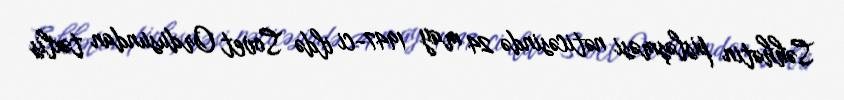
Səhhətin pisləşməsi nəticəsində 24 may 1947-ci ildə Sovet Ordusundan təxlis